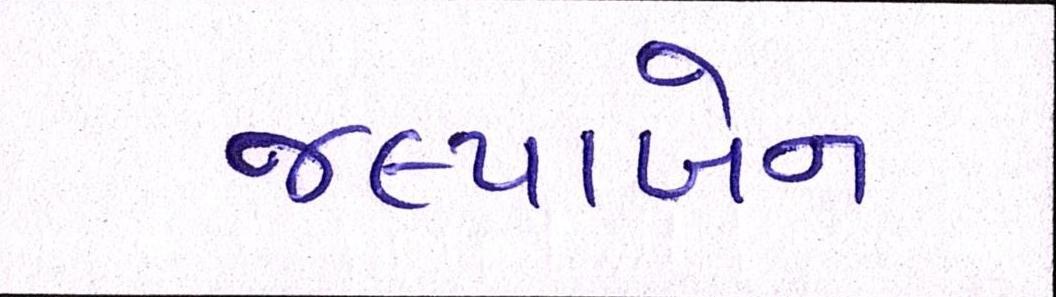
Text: જલ્પાબેન